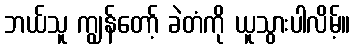
ဘယ်သူ ကျွန်တော့် ခဲတံကို ယူသွားပါလိမ့်။